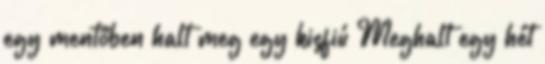
egy mentőben halt meg egy kisfiú Meghalt egy hét